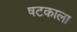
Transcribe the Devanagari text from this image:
षटकाला